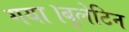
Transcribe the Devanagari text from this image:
गया।बुलेटिन